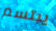
يبتسم